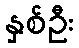
နှစ်ဦး